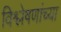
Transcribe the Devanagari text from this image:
विश्लेषणांच्या